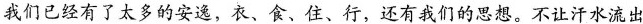
我们已经有了太多的安逸，衣、食、住、行，还有我们的思想。不让汗水流出